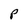
Character: P